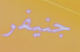
جنيفر